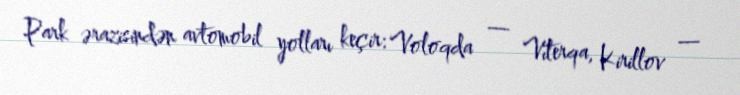
Park ərazisindən avtomobil yolları keçir: Voloqda — Vıterqa, Kirillov —